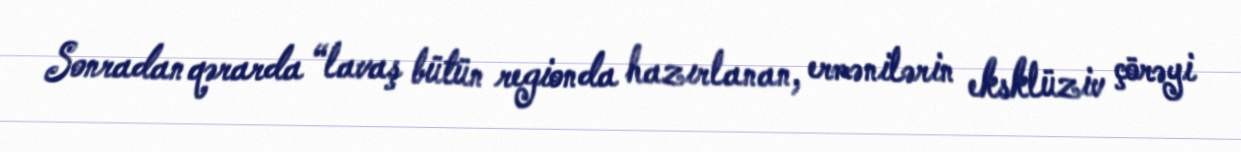
Sonradan qərarda “lavaş bütün regionda hazırlanan, ermənilərin eksklüziv çörəyi